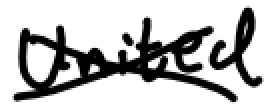
Text: United
Cross-out: cross
Writing tool: digital_black